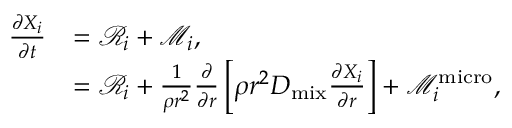
\begin{array} { r l } { \frac { \partial X _ { i } } { \partial t } } & { = \mathcal { R } _ { i } + \mathcal { M } _ { i } , } \\ & { = \mathcal { R } _ { i } + \frac { 1 } { \rho r ^ { 2 } } \frac { \partial } { \partial r } \left[ \rho r ^ { 2 } D _ { \mathrm { m i x } } \frac { \partial X _ { i } } { \partial r } \right] + \mathcal { M } _ { i } ^ { \mathrm { m i c r o } } , } \end{array}